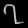
Digit: ၇